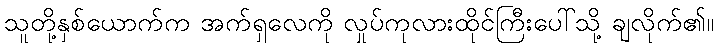
သူတို့နှစ်ယောက်က အက်ရှလေကို လှုပ်ကုလားထိုင်ကြီးပေါ်သို့ ချလိုက်၏။